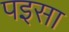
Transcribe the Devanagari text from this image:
पइसा